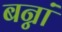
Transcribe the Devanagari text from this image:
बन्नां